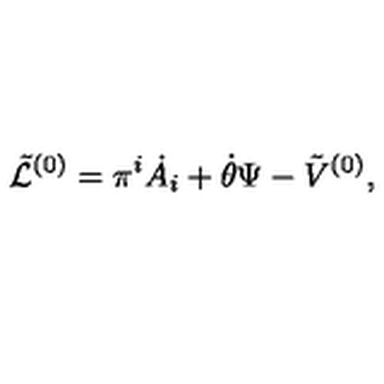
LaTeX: { \tilde { \cal L } } ^ { ( 0 ) } = \pi ^ { i } \dot { A _ { i } } + \dot { \theta } \Psi - { \tilde { V } } ^ { ( 0 ) } ,